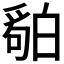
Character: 𬐏